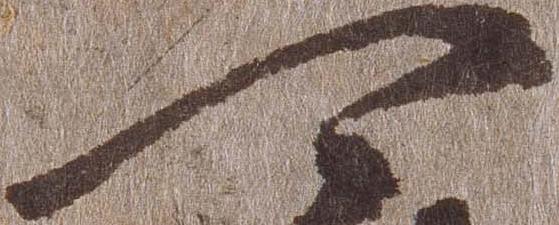
可